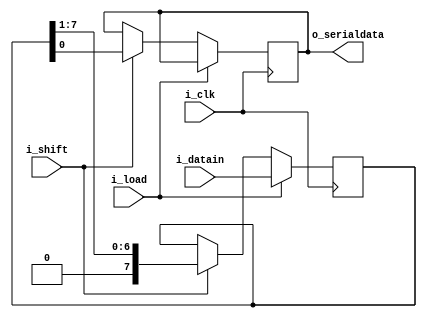
module piso(
i_datain,i_load,i_shift,i_clk,o_serialdata);
input [7:0]i_datain;
input i_load,i_clk,i_shift;
output reg o_serialdata;
reg [7:0]temp_reg;
always@(posedge i_clk)
begin
	if(i_load)
		temp_reg<=i_datain;
	else if (i_shift)
		begin
			o_serialdata<=temp_reg[0];
			temp_reg<=temp_reg>>1;
		end
end
endmodule